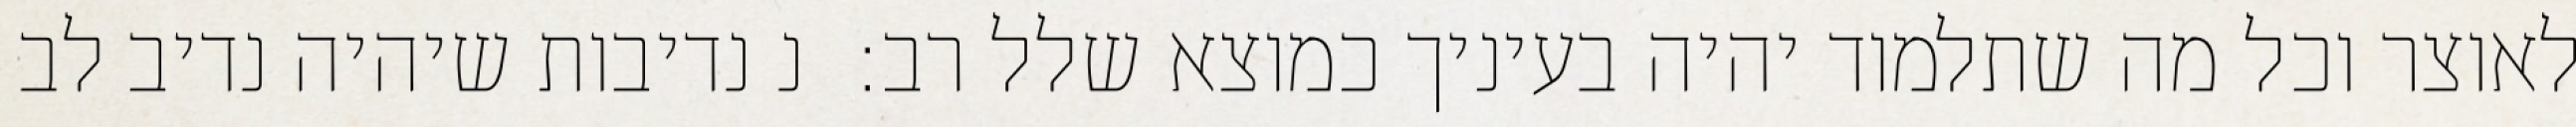
לאוצר וכל מה שתלמוד יהיה בעיניך כמוצא שלל רב:  נ נדיבות שיהיה נדיב לב